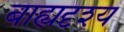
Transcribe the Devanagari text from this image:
बाह्यदृश्य